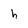
Character: h